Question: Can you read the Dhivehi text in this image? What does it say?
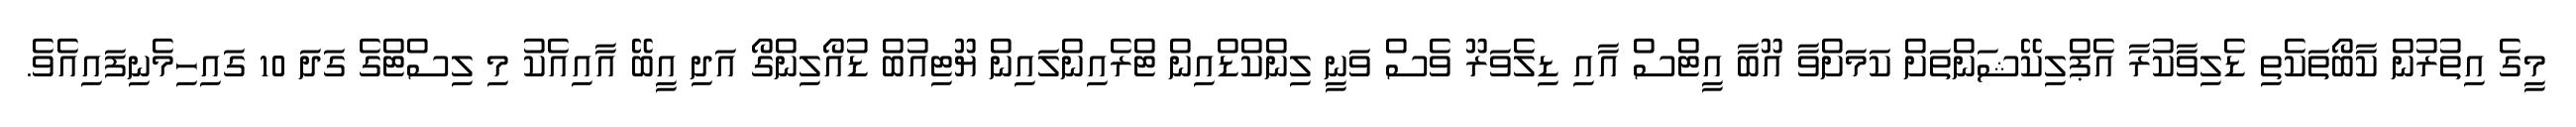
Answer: މީގެ އިތުރުން ކާބޯތަކެތި ޑެލިވާކުރާ އެޕްލިކޭޝަންތަށް ކަމަށްވާ އޫބާ އީޓްސް އާއި ޑިލެވަރޫ ވެސް ވަނީ ލިންކްޑްއިން ޓްރެއިންލައިން ޔޫޓިއުބް ޑުއޯލިންގޯ އަދި އީބޭ އާއިއެކު މި ލިސްޓްގެ ގަދަ 10 ގައިހިމެނިފައިއެވެ.